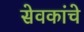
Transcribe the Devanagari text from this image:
सेवकांचे